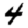
Digit: 4